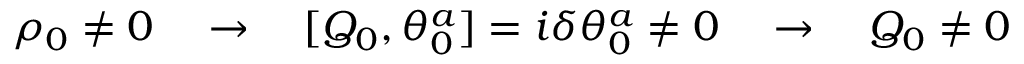
\rho _ { 0 } \not = 0 \quad \rightarrow \quad [ Q _ { 0 } , \theta _ { 0 } ^ { a } ] = i \delta \theta _ { 0 } ^ { a } \not = 0 \quad \rightarrow \quad Q _ { 0 } \not = 0